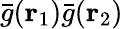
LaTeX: \bar{g}({\mathbf{r}_{1}})\bar{g}({\mathbf{r}_{2}})